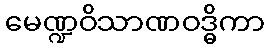
မေဏ္ဍဝိသာဏဝဒ္ဓိကာ